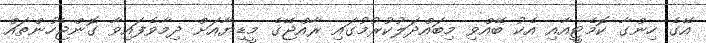
އޭގެ ހިންގާ ކޮމެޓީއާއި އެކު ބޭއްވި މިބައްދަލުކުރުމުގައި ރާއްޖޭގެ މީޑިޔާއަށް ދިމާވެފައިވާ ގޮންޖެހުންތައް